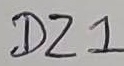
Text: DZ1